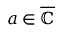
a \in { \overline { { \mathbb { C } } } }